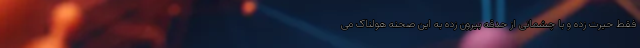
فقط حیرت زده و با چشمانی از حدقه بیرون زده به این صحنه هولناک می‌